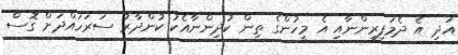
އަދި އެ ދެމަފިރިންނާއި އެ މީހުންގެ ތިން ކުދިންނާއެކު ކުންދާރު ސަރަހައްދަށް ގޮސް